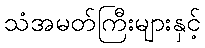
သံအမတ်ကြီးများနှင့်